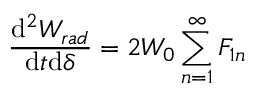
\frac { \mathrm { d } ^ { 2 } W _ { r a d } } { \mathrm { d } t \mathrm { d } \delta } = 2 W _ { 0 } \sum _ { n = 1 } ^ { \infty } F _ { 1 n }